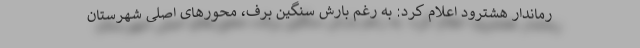
رماندار هشترود اعلام کرد: به رغم بارش سنگین برف، محورهای اصلی شهرستان